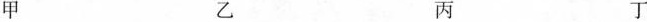
甲乙丙丁